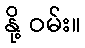
နို့ ဝမ်း။